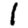
Digit: 1